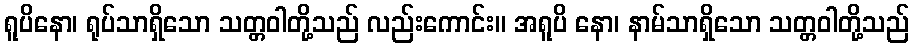
ရူပိနော၊ ရုပ်သာရှိသော သတ္တဝါတို့သည် လည်းကောင်း။ အရူပိ နော၊ နာမ်သာရှိသော သတ္တဝါတို့သည်